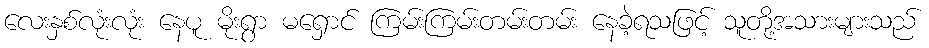
လေးနှစ်လုံးလုံး နေပူ မိုးရွာ မရှောင် ကြမ်းကြမ်းတမ်းတမ်း နေခဲ့ရသဖြင့် သူတို့အသားများသည်